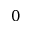
0